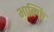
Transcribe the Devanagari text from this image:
भाल्कि